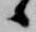
候